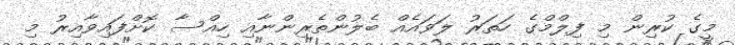
މީގެ ކުރިން މި ފިލްމްގެ ހަތަރު ލަވައެއް ބެލުުންތެރިންނާއި ހިއްސާ ކޮށްފައިވާއިރު މި